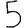
Digit: 5